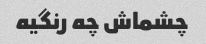
چشماش چه رنگیه